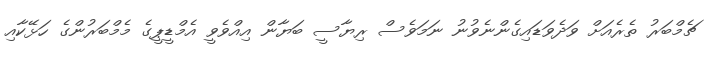
ޗެމްބަރު ތެރެއަށް ވަދެވަޑައިގެންނެވުނު ނަމަވެސް ރިޔާސީ ބަޔާން އިއްވެވީ އެމްޑީޕީގެ މެމްބަރުންގެ ހަޅޭކާއި